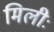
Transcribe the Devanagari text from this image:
मिलीः